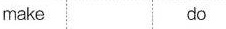
make do